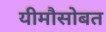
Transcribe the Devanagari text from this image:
यीमौसोबत